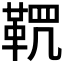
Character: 𩊸